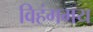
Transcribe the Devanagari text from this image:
विहंगमय